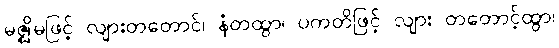
မဇ္ဈိမဖြင့် လျားတတောင်၊ နံတထွာ၊ ပကတိဖြင့် လျား တတောင့်ထွာ၊